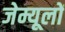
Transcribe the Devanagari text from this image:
जेम्यूलों